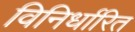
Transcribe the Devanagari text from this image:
विनिर्धारित